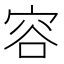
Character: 容